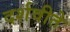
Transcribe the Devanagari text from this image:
दर्शवीते